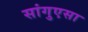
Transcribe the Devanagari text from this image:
सांगुएसा